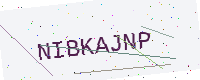
Text: NIBKAJNP